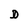
Character: D